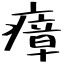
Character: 瘴